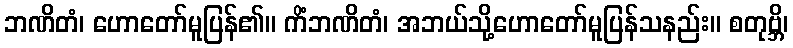
ဘဏိတံ၊ ဟောတော်မူပြန်၏။ ကိံဘဏိတံ၊ အဘယ်သို့ဟောတော်မူပြန်သနည်း။ စတုဗ္ဘိ၊